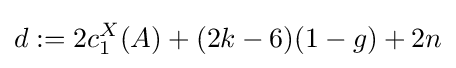
d:=2c_{1}^{X}(A)+(2k-6)(1-g)+2n